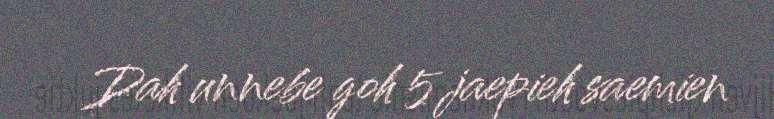
Dah unnebe goh 5 jaepieh saemien